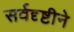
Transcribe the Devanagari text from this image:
सर्वदृष्टीने